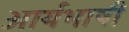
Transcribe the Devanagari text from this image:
आर्यभाषी